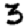
Digit: 3